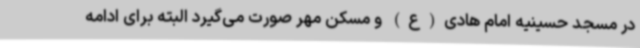
در مسجد حسینیه امام هادی(ع) و مسکن مهر صورت می‌گیرد البته برای ادامه